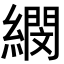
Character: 𦅤